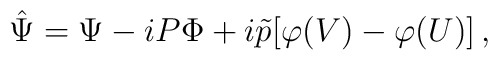
\hat\Psi=\Psi-iP\Phi +i\tilde p[\varphi(V)-\varphi(U)]\,,